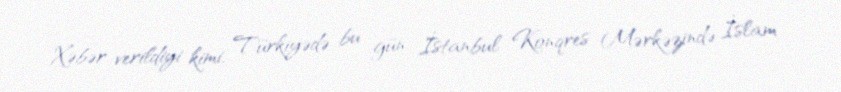
Xəbər verildiyi kimi, Türkiyədə bu gün İstanbul Konqres Mərkəzində İslam